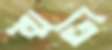
ঋতি